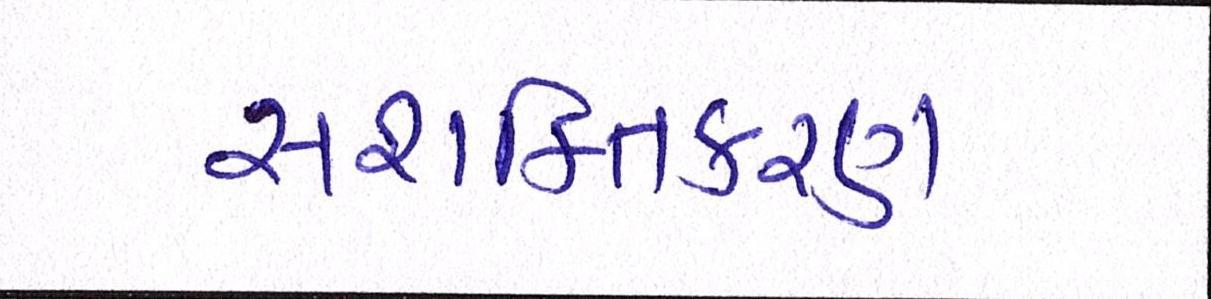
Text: સશક્તિકરણ